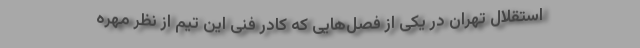
استقلال تهران در یکی از فصل‌هایی که کادر فنی این تیم از نظر مهره